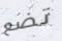
تضع